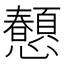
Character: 𢥤